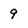
Character: 9